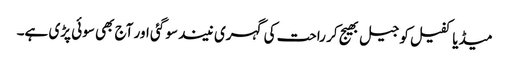
میڈیا کفیل کو جیل بھیج کر راحت کی گہری نیند سو گئی اور آج بھی سوئی پڑی ہے۔